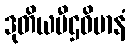
ဒုတိယပီဌဝိမာနံ